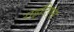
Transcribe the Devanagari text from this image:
राइटिएस